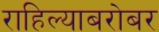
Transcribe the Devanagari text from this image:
राहिल्याबरोबर